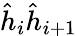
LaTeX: \hat{h}_{i}\hat{h}_{i+1}